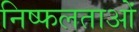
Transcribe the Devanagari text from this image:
निष्फलताओं